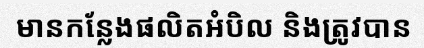
មានកន្លែងផលិតអំបិល និងត្រូវបាន